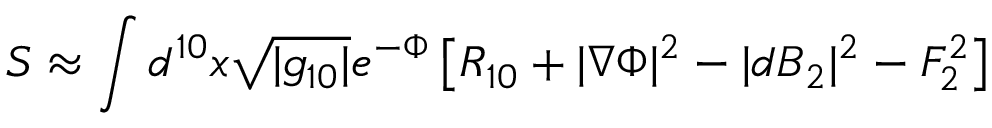
S \approx \int d ^ { 1 0 } x \sqrt { | g _ { 1 0 } | } e ^ { - \Phi } \left[ R _ { 1 0 } + | \nabla \Phi | ^ { 2 } - | d B _ { 2 } | ^ { 2 } - F _ { 2 } ^ { 2 } \right]